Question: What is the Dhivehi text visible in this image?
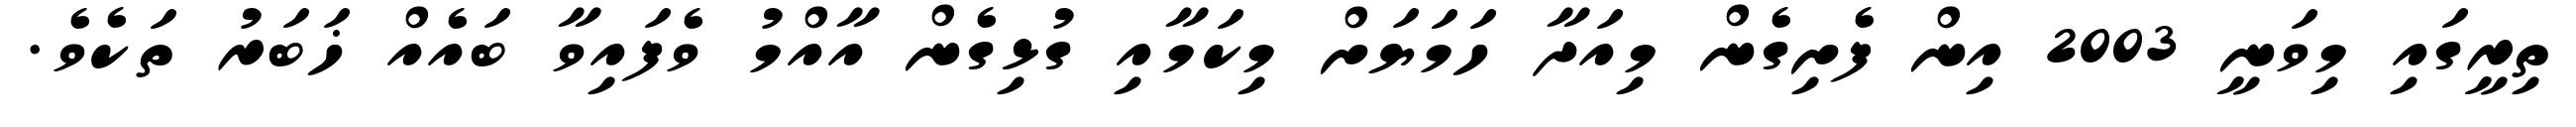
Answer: ތިރީގައި މިވަނީ 2003 އިން ފެށިގެން މިއަދާ ހަމަޔަށް މިކަމާއި ގުޅިގެން އާއްމު ވެފައިވާ ބައެއް ޚަބަރު ތަކެވެ.